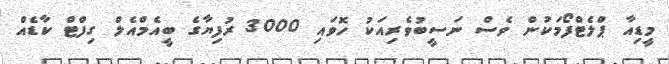
މީޑިއާ ޕްލެޓްފޯމަކުން ވެސް ނަސީބުވެރިއަކު ހޮވައި 3000 ރުފިޔާގެ ބީއެމްއެލް ގިފްޓް ކާޑެއް